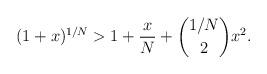
LaTeX: \begin{align*}(1+x)^{1/N}>1+\frac{x}{N}+\binom{1/N}{2}x^2.\end{align*}